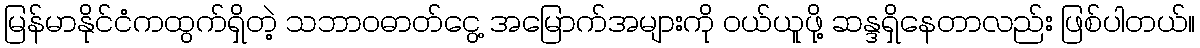
မြန်မာနိုင်ငံကထွက်ရှိတဲ့ သဘာဝဓာတ်ငွေ့ အမြောက်အများကို ဝယ်ယူဖို့ ဆန္ဒရှိနေတာလည်း ဖြစ်ပါတယ်။